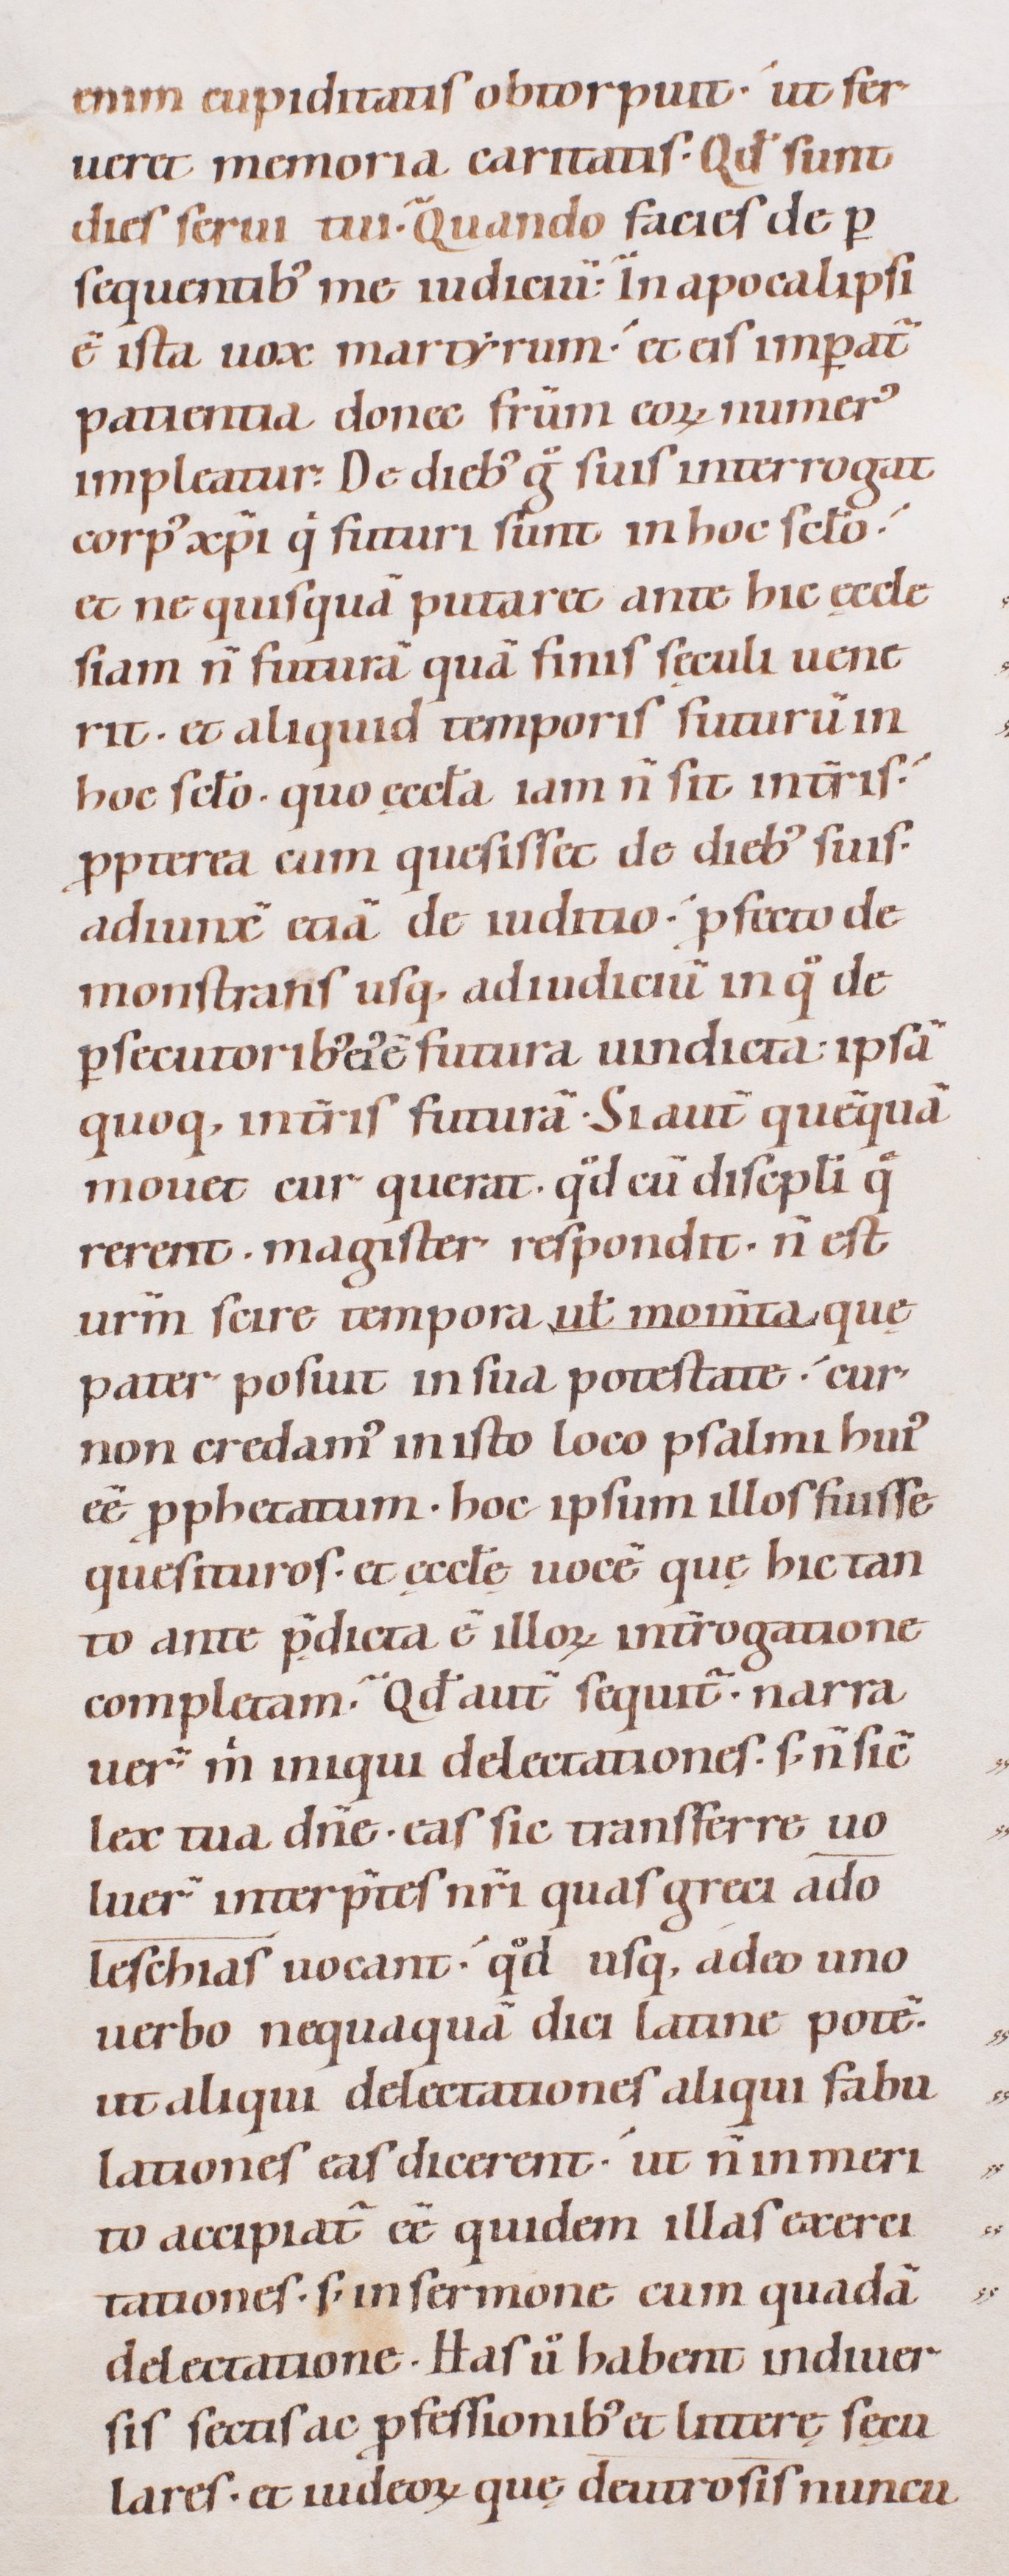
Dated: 1080–1096